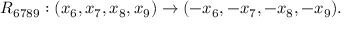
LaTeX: R _ { 6 7 8 9 } : ( x _ { 6 } , x _ { 7 } , x _ { 8 } , x _ { 9 } ) \rightarrow ( - x _ { 6 } , - x _ { 7 } , - x _ { 8 } , - x _ { 9 } ) .